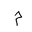
Letter: _mim